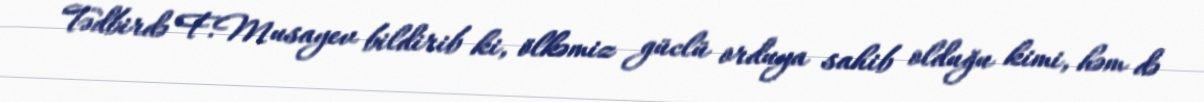
Tədbirdə F.Musayev bildirib ki, ölkəmiz güclü orduya sahib olduğu kimi, həm də